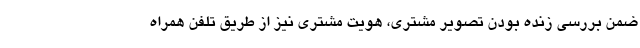
ضمن بررسی زنده بودن تصویر مشتری، هویت مشتری نیز از طریق تلفن همراه